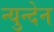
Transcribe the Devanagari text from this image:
न्युन्देन